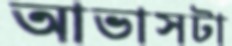
আভাসটা